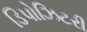
ડિપોઝિટરી